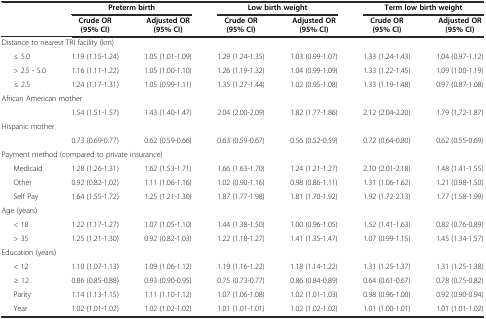
<table><thead><tr><td></td><td colspan="2"><b>Preterm birth</b></td><td colspan="2"><b>Low birth weight</b></td><td colspan="2"><b>Term low birth weight</b></td></tr><tr><td></td><td><b>Crude OR (95% CI)</b></td><td><b>Adjusted OR (95% CI)</b></td><td><b>Crude OR (95% CI)</b></td><td><b>Adjusted OR (95% CI)</b></td><td><b>Crude OR (95% CI)</b></td><td><b>Adjusted OR (95% CI)</b></td></tr></thead><tbody><tr><td colspan="7">Distance to nearest TRI facility (km)</td></tr><tr><td>≤ 5.0</td><td>1.19 (1.15-1.24)</td><td>1.05 (1.01-1.09)</td><td>1.29 (1.24-1.35)</td><td>1.03 (0.99-1.07)</td><td>1.33 (1.24-1.43)</td><td>1.04 (0.97-1.12)</td></tr><tr><td>&gt; 2.5 - 5.0</td><td>1.16 (1.11-1.22)</td><td>1.05 (1.00-1.10)</td><td>1.26 (1.19-1.32)</td><td>1.04 (0.99-1.09)</td><td>1.33 (1.22-1.45)</td><td>1.09 (1.00-1.19)</td></tr><tr><td>≤ 2.5</td><td>1.24 (1.17-1.31)</td><td>1.05 (0.99-1.11)</td><td>1.35 (1.27-1.44)</td><td>1.02 (0.95-1.08)</td><td>1.33 (1.19-1.48)</td><td>0.97 (0.87-1.08)</td></tr><tr><td colspan="7">African American mother</td></tr><tr><td></td><td>1.54 (1.51-1.57)</td><td>1.43 (1.40-1.47)</td><td>2.04 (2.00-2.09)</td><td>1.82 (1.77-1.86)</td><td>2.12 (2.04-2.20)</td><td>1.79 (1.72-1.87)</td></tr><tr><td colspan="7">Hispanic mother</td></tr><tr><td></td><td>0.73 (0.69-0.77)</td><td>0.62 (0.59-0.66)</td><td>0.63 (0.59-0.67)</td><td>0.56 (0.52-0.59)</td><td>0.72 (0.64-0.80)</td><td>0.62 (0.55-0.69)</td></tr><tr><td colspan="7">Payment method (compared to private insurance)</td></tr><tr><td>Medicaid</td><td>1.28 (1.26-1.31)</td><td>1.62 (1.53-1.71)</td><td>1.66 (1.63-1.70)</td><td>1.24 (1.21-1.27)</td><td>2.10 (2.01-2.18)</td><td>1.48 (1.41-1.55)</td></tr><tr><td>Other</td><td>0.92 (0.82-1.02)</td><td>1.11 (1.06-1.16)</td><td>1.02 (0.90-1.16)</td><td>0.98 (0.86-1.11)</td><td>1.31 (1.06-1.62)</td><td>1.21 (0.98-1.50)</td></tr><tr><td>Self Pay</td><td>1.64 (1.55-1.72)</td><td>1.25 (1.21-1.30)</td><td>1.87 (1.77-1.98)</td><td>1.81 (1.70-1.92)</td><td>1.92 (1.72-2.13)</td><td>1.77 (1.58-1.99)</td></tr><tr><td colspan="7">Age (years)</td></tr><tr><td>&lt; 18</td><td>1.22 (1.17-1.27)</td><td>1.07 (1.05-1.10)</td><td>1.44 (1.38-1.50)</td><td>1.00 (0.96-1.05)</td><td>1.52 (1.41-1.63)</td><td>0.82 (0.76-0.89)</td></tr><tr><td>&gt; 35</td><td>1.25 (1.21-1.30)</td><td>0.92 (0.82-1.03)</td><td>1.22 (1.18-1.27)</td><td>1.41 (1.35-1.47)</td><td>1.07 (0.99-1.15)</td><td>1.45 (1.34-1.57)</td></tr><tr><td colspan="7">Education (years)</td></tr><tr><td>&lt; 12</td><td>1.10 (1.07-1.13)</td><td>1.09 (1.06-1.12)</td><td>1.19 (1.16-1.22)</td><td>1.18 (1.14-1.22)</td><td>1.31 (1.25-1.37)</td><td>1.31 (1.25-1.38)</td></tr><tr><td>≥ 12</td><td>0.86 (0.85-0.88)</td><td>0.93 (0.90-0.95)</td><td>0.75 (0.73-0.77)</td><td>0.86 (0.84-0.89)</td><td>0.64 (0.61-0.67)</td><td>0.78 (0.75-0.82)</td></tr><tr><td>Parity</td><td>1.14 (1.13-1.15)</td><td>1.11 (1.10-1.12)</td><td>1.07 (1.06-1.08)</td><td>1.02 (1.01-1.03)</td><td>0.98 (0.96-1.00)</td><td>0.92 (0.90-0.94)</td></tr><tr><td>Year</td><td>1.02 (1.01-1.02)</td><td>1.02 (1.02-1.02)</td><td>1.01 (1.01-1.01)</td><td>1.02 (1.02-1.02)</td><td>1.01 (1.00-1.01)</td><td>1.01 (1.01-1.02)</td></tr></tbody></table>